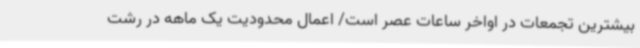
بیشترین تجمعات در اواخر ساعات عصر است/ اعمال محدودیت یک ماهه در رشت